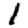
Digit: 1